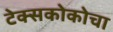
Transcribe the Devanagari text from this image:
टेक्सकोकोचा